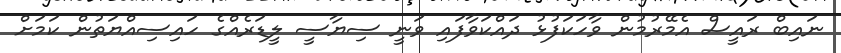
ނައިބް ރައީސް އެމޭރުމުން ވާހަކަފުޅު ދައްކަވާފައި ވަނީ ސިޔާސީ ލީޑަރެއްގެ ހައިސިއްޔަތުން ކަމަށް